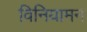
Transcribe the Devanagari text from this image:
विनियामन